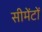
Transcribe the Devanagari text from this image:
सीमेंटों